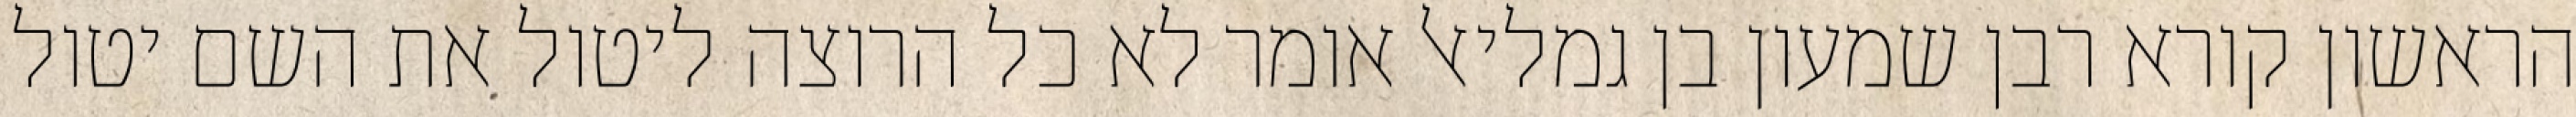
הראשון קורא רבן שמעון בן גמליאל אומר לא כל הרוצה ליטול את השם יטול